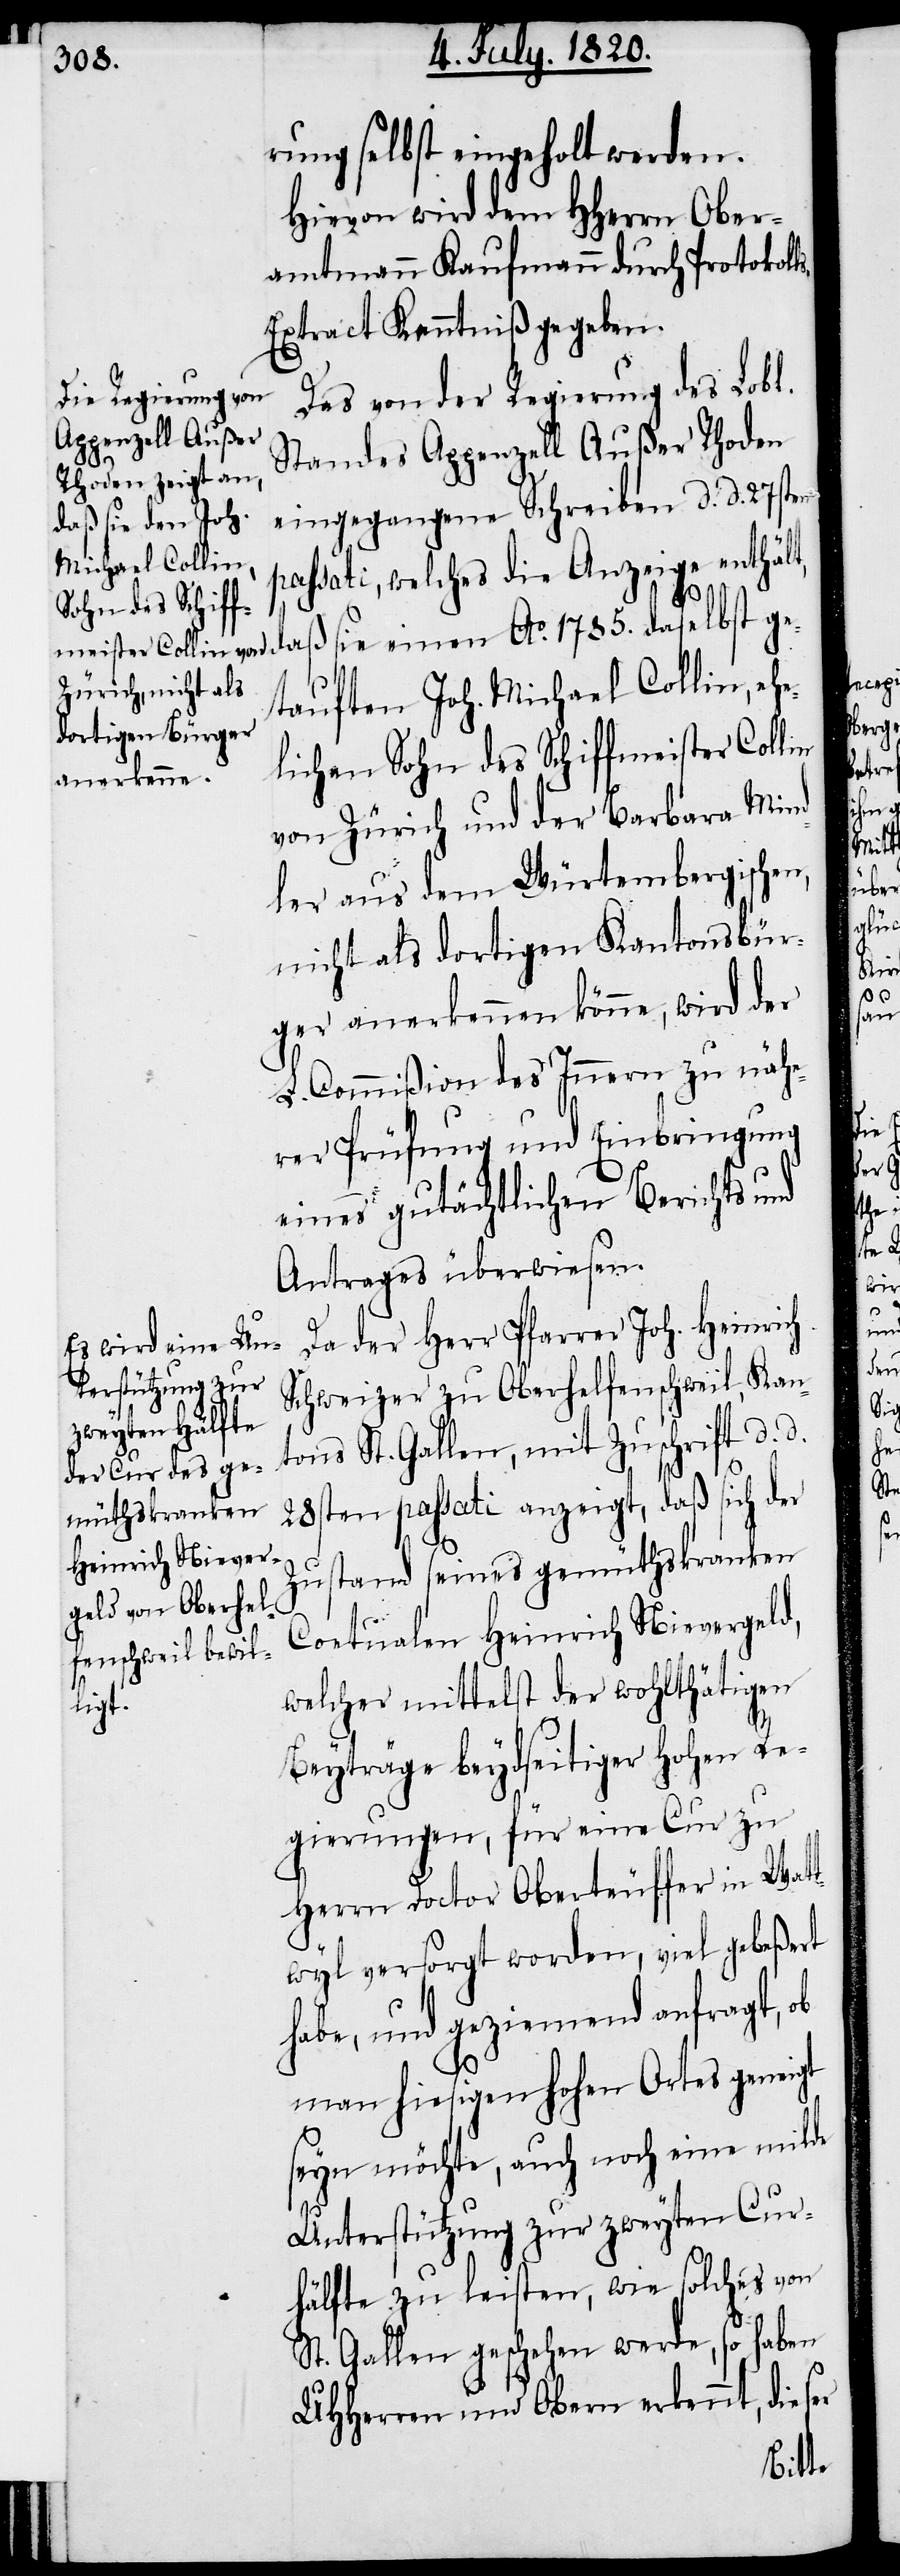
rung selbst eingeholt werden.
Hievon wird dem HHerrn Ober¬
amtmann Kaufmann durch Protokoll¬
s-Extract Kenntniß gegeben.
Das von der Regierung des Lobl.
Standes Appenzell Außer Rhoden
eingegangene Schreiben d. d. 27sten
passati, welches die Anzeige enthält,
tauften Joh. Michael Collin, ehe¬
lichen Sohn des Schiffmeister Collin
von Zürich und der Barbara Min¬
dler aus dem Würtembergische¬
nicht als dortigen Kantonsbür¬
ger anerkennen könne, wird der
L. Commißion des Innern zu nähe¬
rer Prüfung und Einbringung
eines gutächtlichen Berichts und
Antrages überwiesen.
Da der Herr Pfarrer Joh. Heinrich
Schweizer zu Oberhelfenschweil, Kan¬
tons St. Gallen, mit Zuschrift d. d.
28sten passati anzeigt, daß sich der
Zustand seines gemüthskranken
Coetualen Heinrich Nievergeld,
welcher mittelst der wohlthätigen
Beyträge beydseitiger hohen Re¬
gierungen, für eine Cur zu
Herrn Doctor Oberteuffer in Watt¬
wyl, versorgt worden, viel gebeßert
habe, und geziemend anfragt, ob
man hiesigen hohen Ortes geneigt
seyn möchte, auch noch eine milde
Unterstützung zur zweyten Cur¬
hälfte zu leisten, wie solches von
St. Gallen geschehen werde, so haben
UHHerren und Obern erkennt, dieser

n,
ge¬